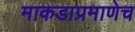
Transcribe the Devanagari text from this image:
माकडाप्रमाणेच